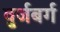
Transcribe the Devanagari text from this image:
वुर्जबर्ग